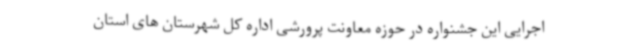
اجرایی این جشنواره در حوزه معاونت پرورشی اداره کل شهرستان های استان